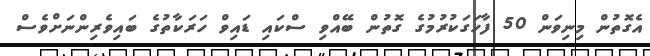
އެގޮތުން މިނިވަން 50 ފާހަގަކުރުމުގެ ގޮތުން ބޭއްވި ސްކައި ޑައިވް ހަރަކާތުގެ ބައިވެރިންނަށްވެސް